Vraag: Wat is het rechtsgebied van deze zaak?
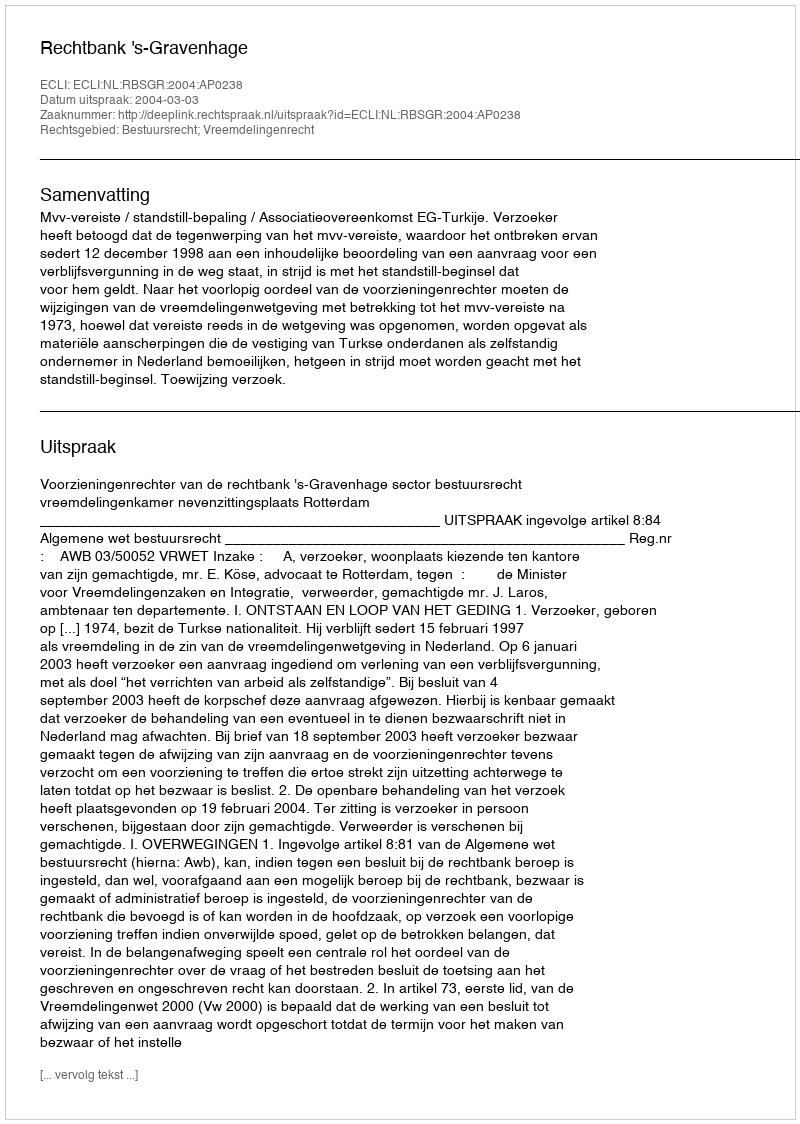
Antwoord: Bestuursrecht; Vreemdelingenrecht